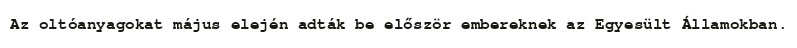
Az oltóanyagokat május elején adták be először embereknek az Egyesült Államokban.